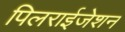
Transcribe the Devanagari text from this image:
पिलराईजेशन